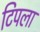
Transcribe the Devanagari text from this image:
टिपला